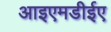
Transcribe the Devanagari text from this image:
आइएमडीईए